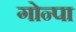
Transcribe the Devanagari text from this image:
गोन्पा